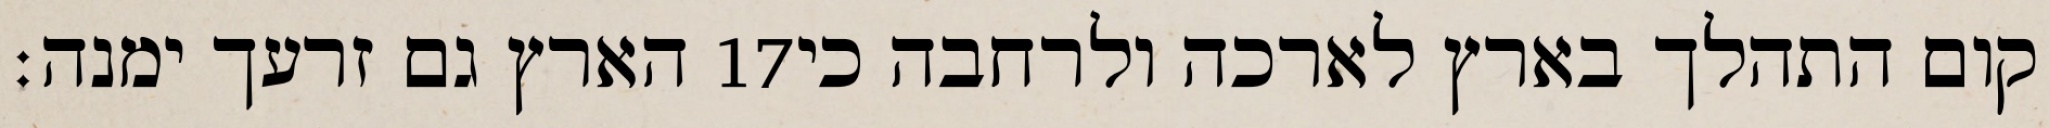
הארץ גם זרעך ימנה׃ ‎17‏ קום התהלך בארץ לארכה ולרחבה כי